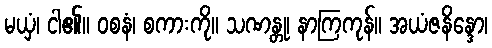
မယှံ၊ ငါ၏။ ဝစနံ၊ စကားကို။ သဏန္တု၊ နာကြကုန်။ အယံဇနိန္ဒော၊